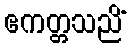
ဧကတ္တသညိံ